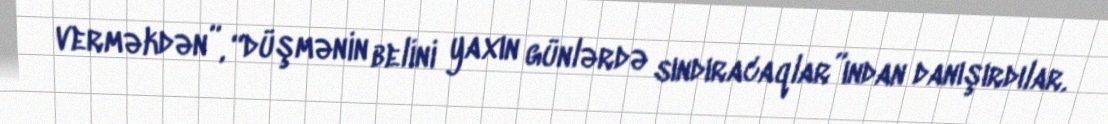
verməkdən”, “düşmənin belini yaxın günlərdə sındıracaqlar”ından danışırdılar.